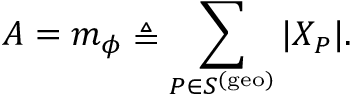
A = m _ { \phi } \triangleq \sum _ { P \in S ^ { \mathrm { ( g e o ) } } } | X _ { P } | .